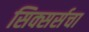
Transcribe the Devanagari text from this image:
सिक्सर्सचा